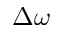
\Delta \omega